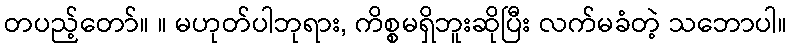
တပည့်တော်။ ။ မဟုတ်ပါဘုရား, ကိစ္စမရှိဘူးဆိုပြီး လက်မခံတဲ့ သဘောပါ။